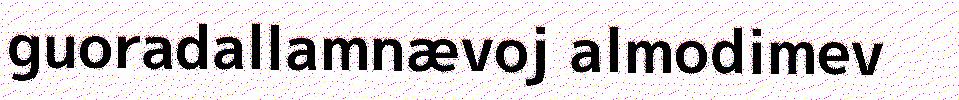
guoradallamnævoj almodimev